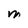
Character: M